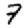
Digit: 7